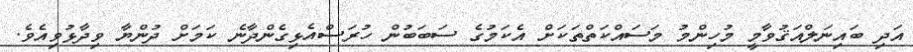
އަދި ބައިނަލްއަޤުވާމީ މުހިންމު މަސައްކަތްތަކަށް އެކަމުގެ ސަބަބުން ހުރަސްއެޅިގެންދާނެ ކަމަށް ދުންޔާ ވިދާޅުވިއެވެ.